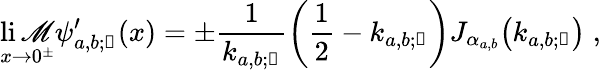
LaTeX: \operatorname*{li\mathscr{M}}_{x\rightarrow0^{\pm}}\psi_{a,b;\mathscr{{n}}}^{\prime}(x)=\pm\frac{{1}}{{k_{a,b;\mathscr{{n}}}}}\left(\frac{{1}}{{2}}-k_{a,b;\mathscr{{n}}}\right)J_{\alpha_{a,b}}\! \left(k_{a,b;\mathscr{{n}}}\right)\; ,